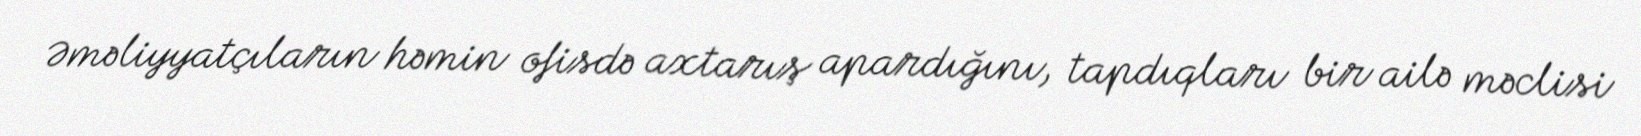
Əməliyyatçıların həmin ofisdə axtarış apardığını, tapdıqları bir ailə məclisi